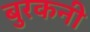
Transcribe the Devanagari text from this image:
बुरकनी